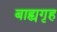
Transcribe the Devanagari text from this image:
बाह्यगृह